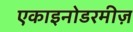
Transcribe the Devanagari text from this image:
एकाइनोडरमीज़